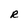
Character: R